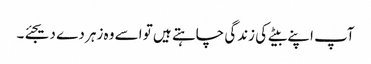
آپ اپنے بیٹے کی زندگی چاہتے ہیں تو اسے وہ زہر دے دیجئے۔